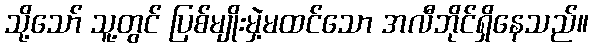
သို့သော် သူ့တွင် ပြစ်မျိုးမှဲ့မထင်သော အလီဘိုင်ရှိနေသည်။